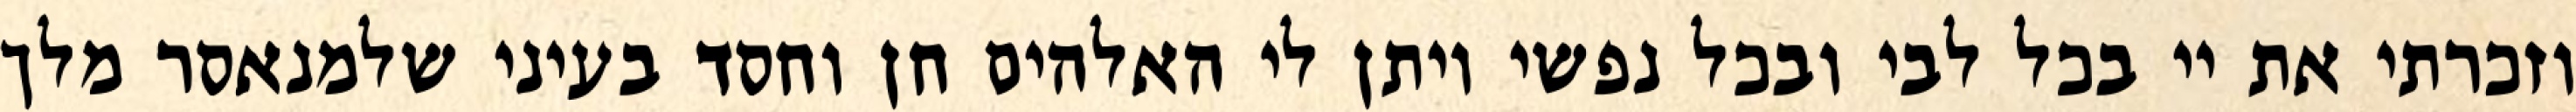
וזכרתי את יי בכל לבי ובכל נפשי ויתן לי האלהים חן וחסד בעיני שלמנאסר מלך